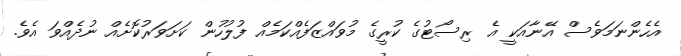
އެހެންނަމަވެސް އޭނާއަކީ އެ ރިސޯޓުގެ ކުރީގެ މުވައްޒަފެއްކަމެއް ފުލުހުން ކަށަވަރުކޮށެއް ނުދެއްވަ އެވެ.